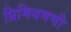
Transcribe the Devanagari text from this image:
प्रिमियमची